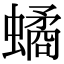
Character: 𧑐